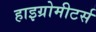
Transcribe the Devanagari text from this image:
हाइग्रोमीटर्स